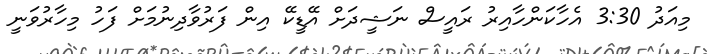
މިއަދު 3:30 އެހާކަންހާއިރު ރައީސް ނަޝީދަށް އޭޑީކޭ އިން ފަރުވާދިނުމަށް ފަހު މިހާރުވަނީ